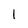
Character: 1